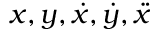
x , y , \dot { x } , \dot { y } , \ddot { x }